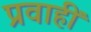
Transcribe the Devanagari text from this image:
प्रवाहीं